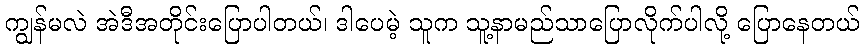
ကျွန်မလဲ အဲဒီအတိုင်းပြောပါတယ်၊ ဒါပေမဲ့ သူက သူ့နာမည်သာပြောလိုက်ပါလို့ ပြောနေတယ်